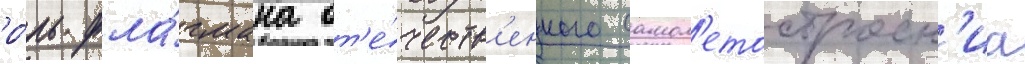
ро́ль фла́гмана от'е́честв'енного самол'етостроен'иа